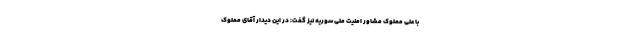
با علی مملوک مشاور امنیت ملی سوریه نیز گفت: در این دیدار آقای مملوک